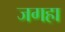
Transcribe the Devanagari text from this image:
जगहा